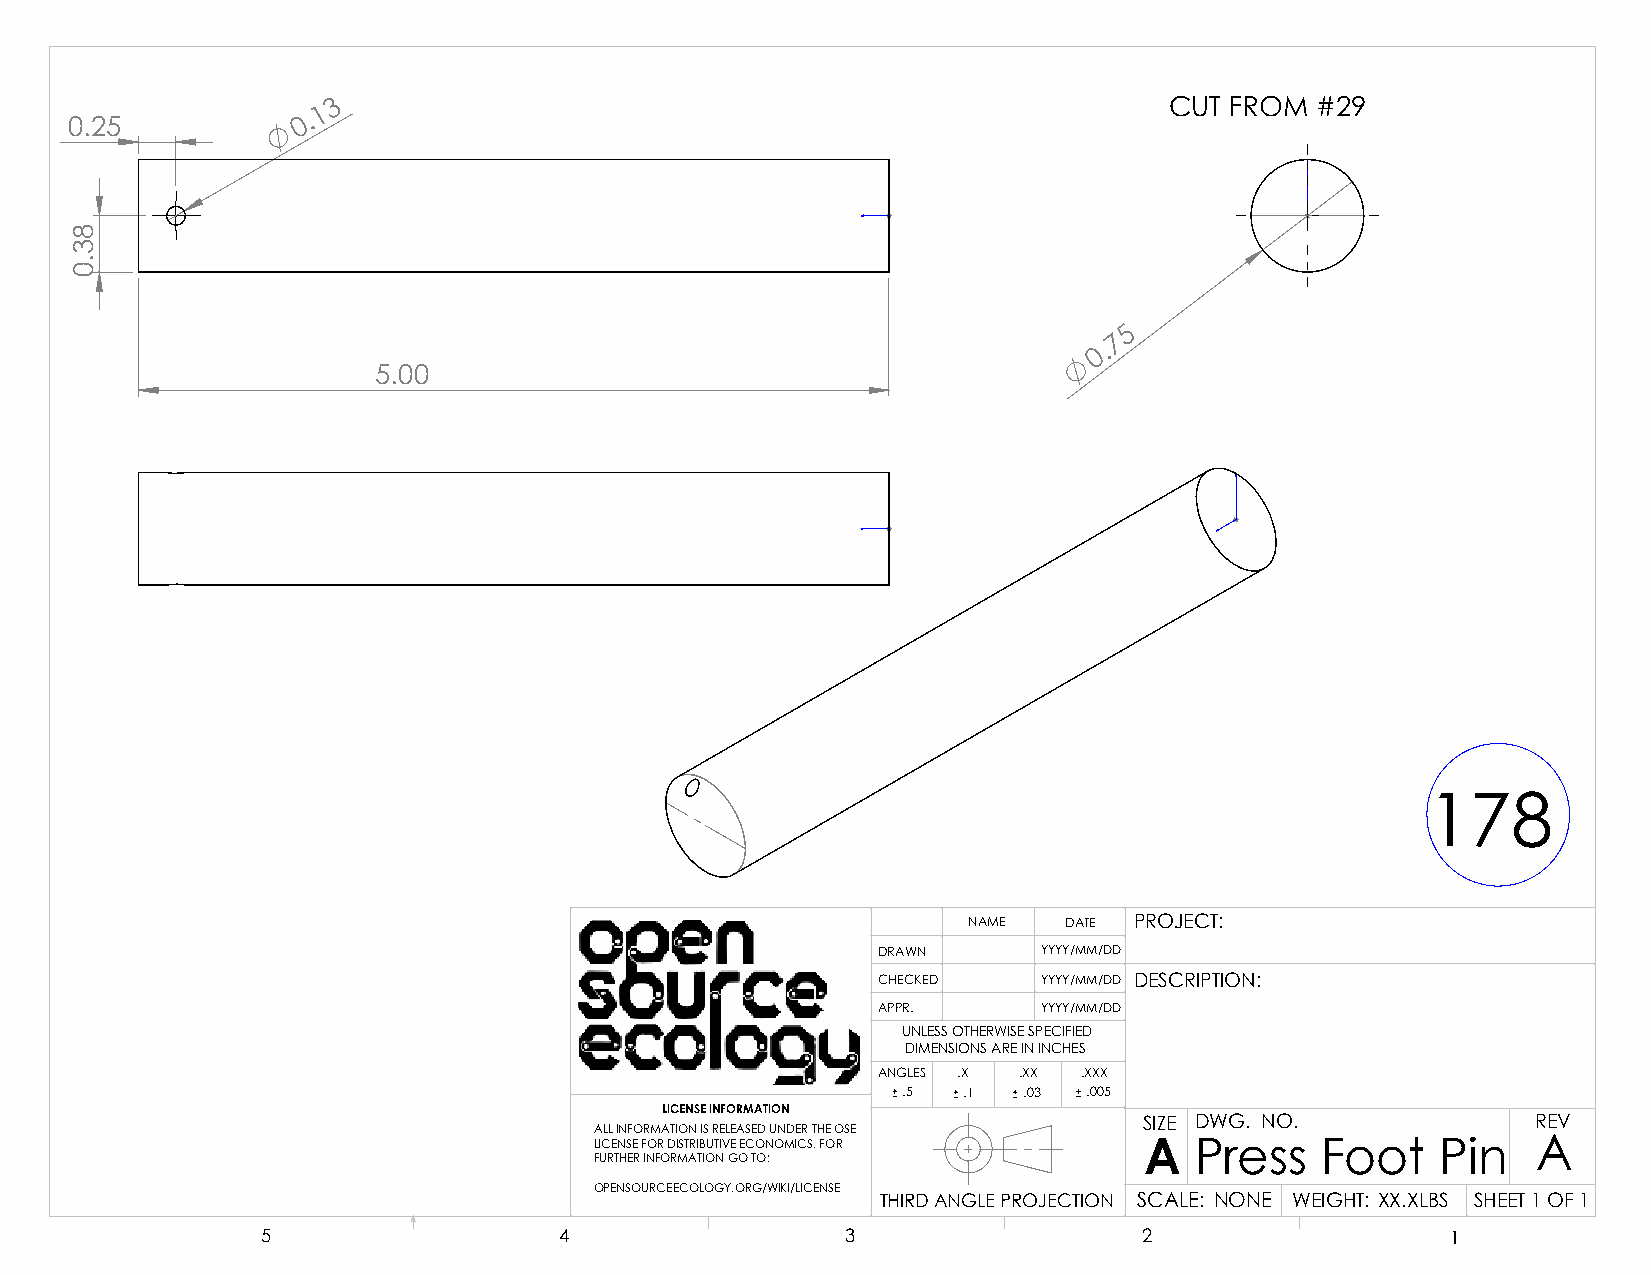
3                                                      CUT FROM  #29
 1
 0.25           0.
 5
 7
 0.
 5.00
 178
 NAME  DATE PROJECT:
 DRAWN      YYYY/MM/DD
 CHECKED    YYYY/MM/DD DESCRIPTION:
 APPR.      YYYY/MM/DD
 UNLESS OTHERWISE SPECIFIED
 DIMENSIONS ARE IN INCHES
 ANGLES .X .XX .XXX
 .5  .1  .03 .005
 LICENSE INFORMATION
 SIZE DWG. NO.             REV
 ALL INFORMATION IS RELEASED UNDER THE OSE
 LICENSE FOR DISTRIBUTIVE ECONOMICS. FOR A Press Foot    Pin    A
 FURTHER INFORMATION GO TO:
 OPENSOURCEECOLOGY.ORG/WIKI/LICENSE
 THIRD ANGLE PROJECTION SCALE: NONE WEIGHT: XX.XLBS SHEET 1 OF 1
 5                   4                  3                   2                   1
 83.0